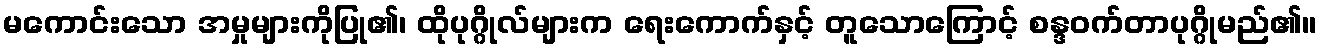
မကောင်းသော အမှုများကိုပြု၏၊ ထိုပုဂ္ဂိုလ်များက ရေးကောက်နှင့် တူသောကြောင့် စန္ဒဝက်တာပုဂ္ဂိုမည်၏။